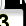
Digit: 3